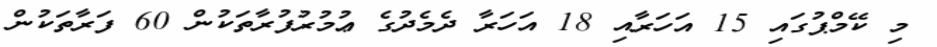
މި ކޭމްޕުގައި 15 އަހަރާއި 18 އަހަރާ ދެމެދުގެ ޢުމުރުފުރާތަކުން 60 ފަރާތަކުން